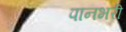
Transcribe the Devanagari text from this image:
पानभरी